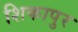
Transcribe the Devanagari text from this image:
शिकापुर